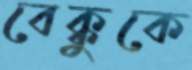
বেক্কুকে